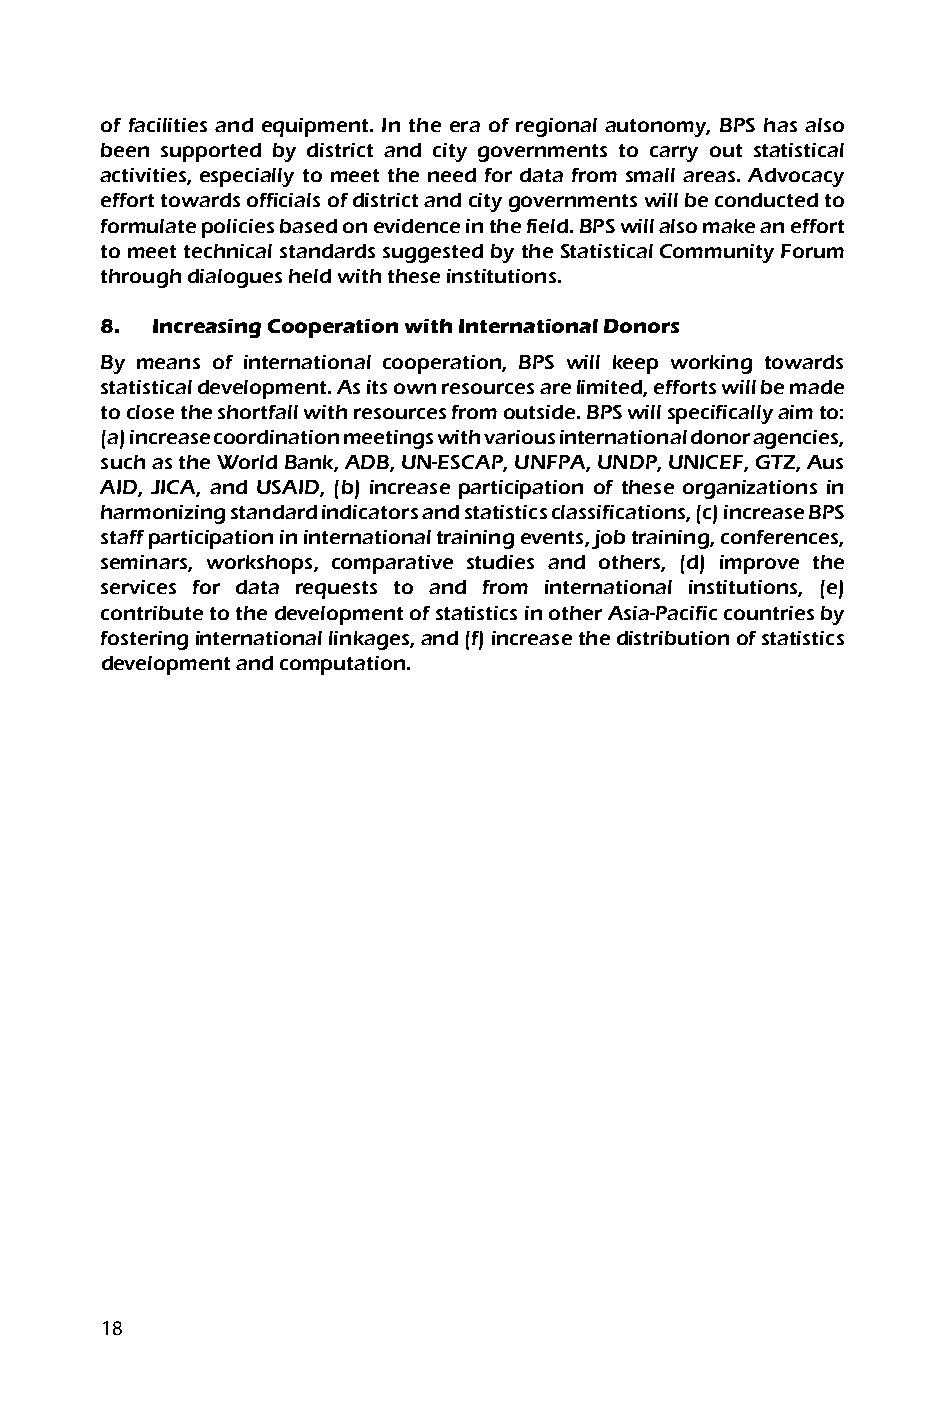
of facilities and equipment. In the era of regional autonomy, BPS has also
 been supported by district and city governments to carry out statistical
 activities, especially to meet the need for data from small areas. Advocacy
 effort towards officials of district and city governments will be conducted to
 formulate policies based on evidence in the field. BPS will also make an effort
 to meet technical standards suggested by the Statistical Community Forum
 through dialogues held with these institutions.
 8. Increasing Cooperation with International Donors
 By means of international cooperation, BPS will keep working towards
 statistical development. As its own resources are limited, efforts will be made
 to close the shortfall with resources from outside. BPS will specifically aim to:
 (a) increase coordination meetings with various international donor agencies,
 such as the World Bank, ADB, UN-ESCAP, UNFPA, UNDP, UNICEF, GTZ, Aus
 AID, JICA, and USAID, (b) increase participation of these organizations in
 harmonizing standard indicators and statistics classifications, (c) increase BPS
 staff participation in international training events, job training, conferences,
 seminars, workshops, comparative studies and others, (d) improve the
 services for data requests to and from international institutions, (e)
 contribute to the development of statistics in other Asia-Pacific countries by
 fostering international linkages, and (f) increase the distribution of statistics
 development and computation.
 